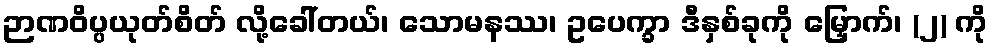
ဉာဏဝိပ္ပယုတ်စိတ် လို့ခေါ်တယ်၊ သောမနဿ၊ ဥပေက္ခာ ဒီနှစ်ခုကို မြှောက်၊ (၂) ကို